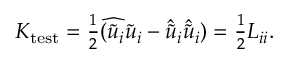
\begin{array} { r } { K _ { \mathrm { t e s t } } = \frac { 1 } { 2 } ( \widehat { \tilde { u } _ { i } \tilde { u } _ { i } } - \hat { \tilde { u } } _ { i } \hat { \tilde { u } } _ { i } ) = \frac { 1 } { 2 } L _ { i i } . } \end{array}